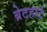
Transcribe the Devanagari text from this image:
ब्रेटहार्ट